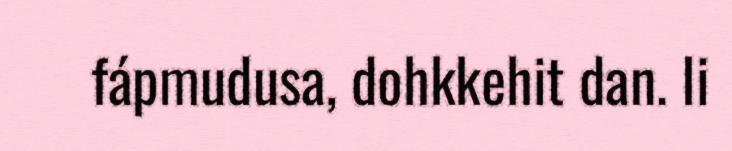
fápmudusa, dohkkehit dan. Ii